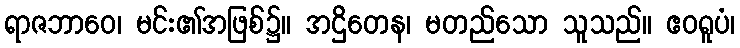
ရာဇဘာဝေ၊ မင်း၏အဖြစ်၌။ အဌိတေန၊ မတည်သော သူသည်။ ဧဝရူပံ၊